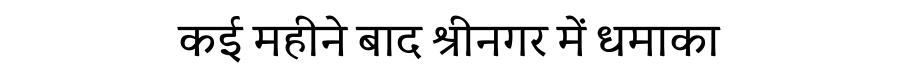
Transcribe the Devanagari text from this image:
कई महीने बाद श्रीनगर में धमाका